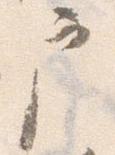
戸